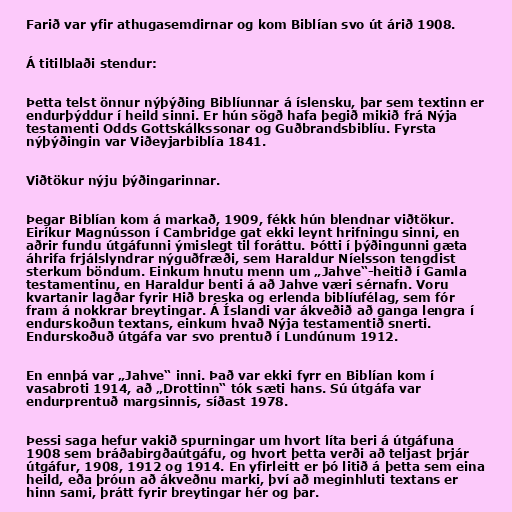
Farið var yfir athugasemdirnar og kom Biblían svo út árið 1908.

Á titilblaði stendur:

Þetta telst önnur nýþýðing Biblíunnar á íslensku, þar sem textinn er
endurþýddur í heild sinni. Er hún sögð hafa þegið mikið frá Nýja
testamenti Odds Gottskálkssonar og Guðbrandsbiblíu. Fyrsta
nýþýðingin var Viðeyjarbiblía 1841.

Viðtökur nýju þýðingarinnar.

Þegar Biblían kom á markað, 1909, fékk hún blendnar viðtökur.
Eiríkur Magnússon í Cambridge gat ekki leynt hrifningu sinni, en
aðrir fundu útgáfunni ýmislegt til foráttu. Þótti í þýðingunni gæta
áhrifa frjálslyndrar nýguðfræði, sem Haraldur Níelsson tengdist
sterkum böndum. Einkum hnutu menn um „Jahve“-heitið í Gamla
testamentinu, en Haraldur benti á að Jahve væri sérnafn. Voru
kvartanir lagðar fyrir Hið breska og erlenda biblíufélag, sem fór
fram á nokkrar breytingar. Á Íslandi var ákveðið að ganga lengra í
endurskoðun textans, einkum hvað Nýja testamentið snerti.
Endurskoðuð útgáfa var svo prentuð í Lundúnum 1912.

En ennþá var „Jahve“ inni. Það var ekki fyrr en Biblían kom í
vasabroti 1914, að „Drottinn“ tók sæti hans. Sú útgáfa var
endurprentuð margsinnis, síðast 1978.

Þessi saga hefur vakið spurningar um hvort líta beri á útgáfuna
1908 sem bráðabirgðaútgáfu, og hvort þetta verði að teljast þrjár
útgáfur, 1908, 1912 og 1914. En yfirleitt er þó litið á þetta sem eina
heild, eða þróun að ákveðnu marki, því að meginhluti textans er
hinn sami, þrátt fyrir breytingar hér og þar.